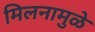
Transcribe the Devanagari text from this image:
मिलनामुळे